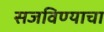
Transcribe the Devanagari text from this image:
सजविण्याचा